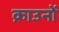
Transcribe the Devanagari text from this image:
क्राउनों